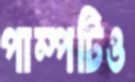
পাম্পটিও